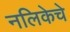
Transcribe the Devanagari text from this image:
नलिकेचे